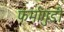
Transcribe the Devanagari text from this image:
फर्मागुडी